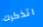
اتذكرك